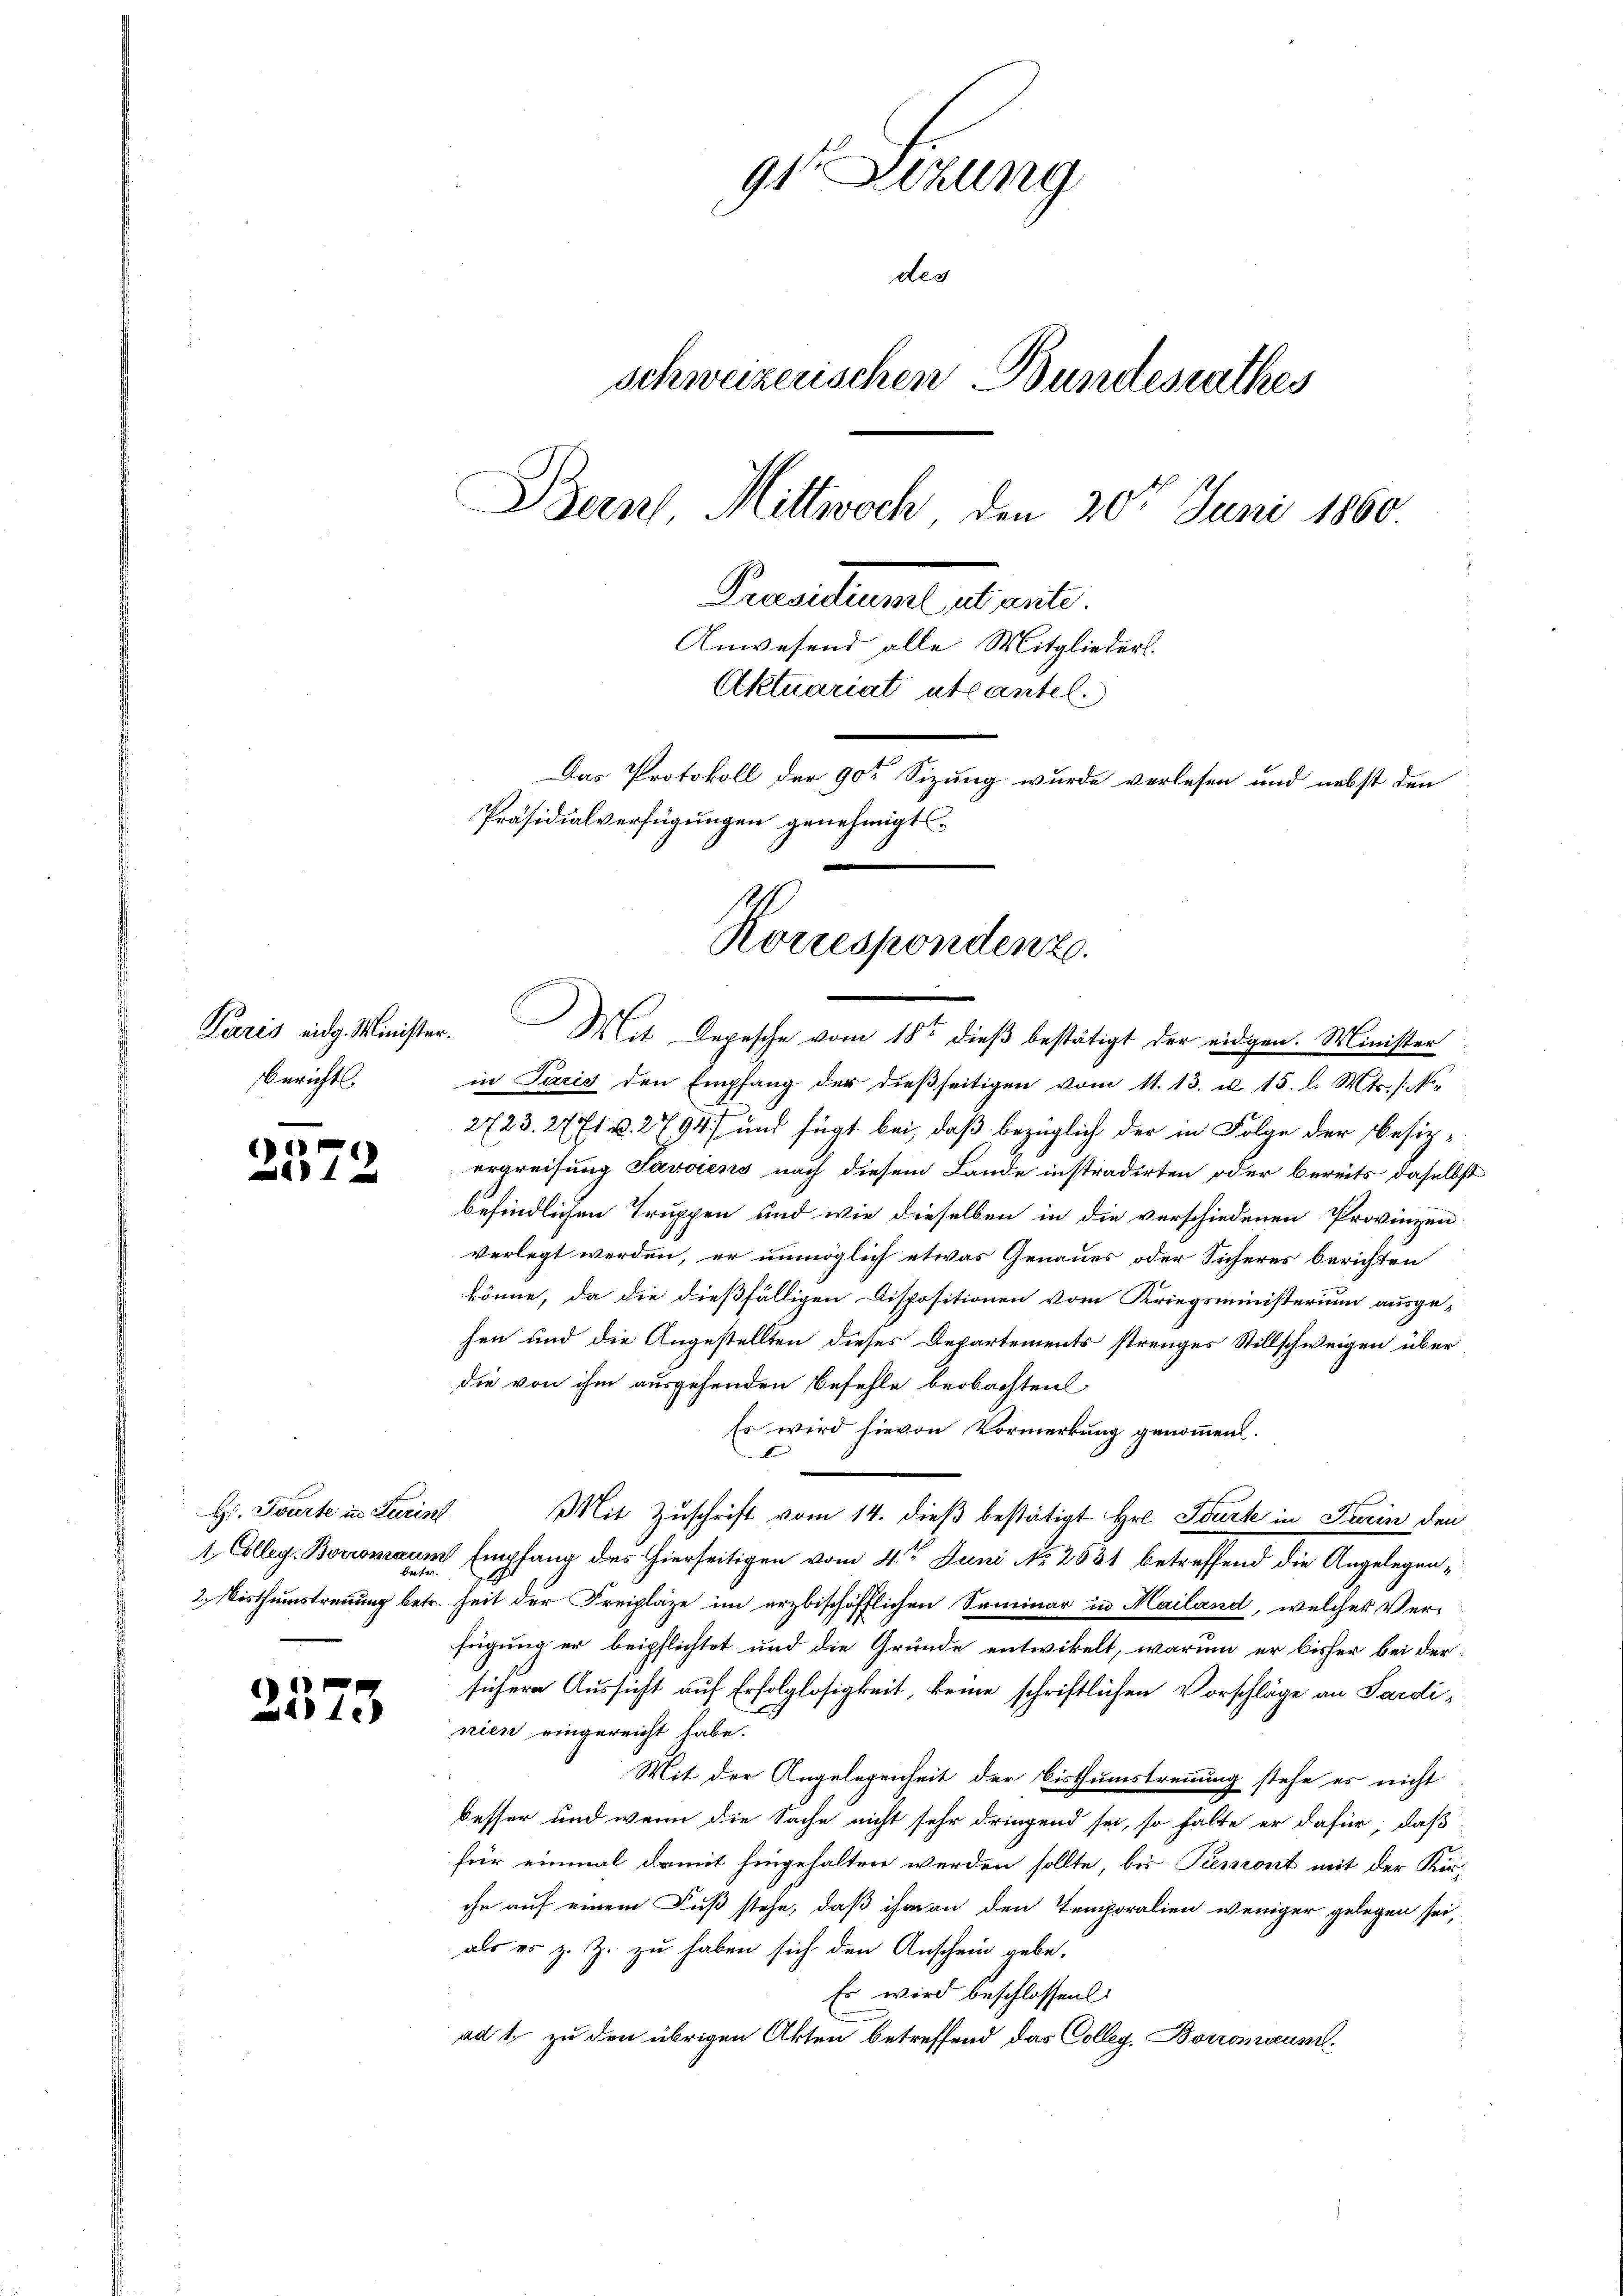
Paris eidg. Minister.
Berichts

.
e

1
ad 4

3

Hr. Tourte in Juris
4, Colleg. Boromaum
2. Misthumstrennung betr.

)
14e)

9te Sitzung
des
schweizerischen Bundesrathes
Bern Mittwoch den 20ten Juni 1860.
Praesidium utante.
Anwesend alle Mitglieders.
Aktuariat utantel.
Das Protokoll der 90 Sizung wurde verlesen und nebst den
Präsidialverfügungen genehmigt

Korrespondenz.
Mit Depesche vom 18ten dieß bestätigt der eidgen. Minister

in Paris den Empfang der dieβseitigen vom 11. 13. u 15. l. Mts. (N.
2723. 27 t v. 2794) und fügt bei, daß bezüglich der in Folge der Besizergreifung Savoiens nach diesem Lande instradirten oder bereits daselbst
befindlichen Truppen und wie dieselben in die verschiedenen Provinzen-
verlegt werden, er unmöglich etwas Genaues oder Sicheres berichten
könne, da die dießfälligen Dispositionen vom Kriegsministerium ausge-
sen und die Angestellten dieses Departements strenges Stillschweigen über
die von ihm ausgehenden befehle beobachten
Es wird hievon Vormerkung genommen.
Mit Zuschrift vom 14. dieβ bestätigt Hr. Tourt in Turin den
 Empfang des hierseitigen vom 4t Juni No. 2681 betreffend die Angelegenheit der Freiplaze im erzbischöfflichen Seminar in Mailand, welches Verfügung er beipflichtet und die Gründe entwikelt, warum er bisher bei dersichere Aussicht auf Erfolglosigkeit, keine schriftlichen Vorschläge an Sardi,
nien eingereicht habe.
Mit der Angelegenheit der Bisthumstrennung stehe es nicht
besser und wenn die Sache nicht sehr dringend sei, so halte er dafür, daß
für einmal damit hingehalten werden sollte, bis Piemont mit der Kir-
che auf einem Fuß stehe, daß ihm an den Temporalien weniger gelegen sei,
als es z. Z. zu haben sich den Anschein gebe.
Es wird beschlossen:
ad 1, zu den übrigen Akten betreffend das Colleg. Borromeramt¬